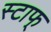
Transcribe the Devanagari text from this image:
स्टाफ्